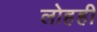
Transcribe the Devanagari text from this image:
लोहही